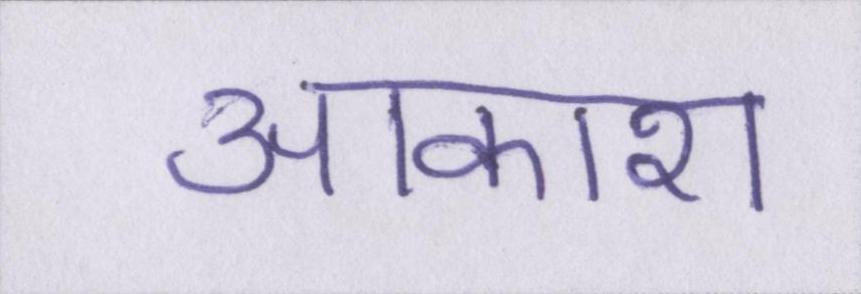
आकाश